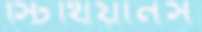
স্টিথিয়ানস